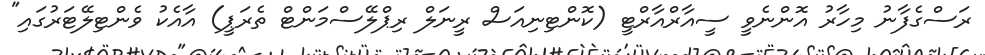
ރަސްގެފާނު މިހާރު އޮންނެވީ ސީއާރްއާރްޓީ (ކޮންޓިނިއަސް ރީނަލް ރިޕްލޭސްމަންޓް ތެރަޕީ) އާއެކު ވެންޓިލޭޓަރުގައި"